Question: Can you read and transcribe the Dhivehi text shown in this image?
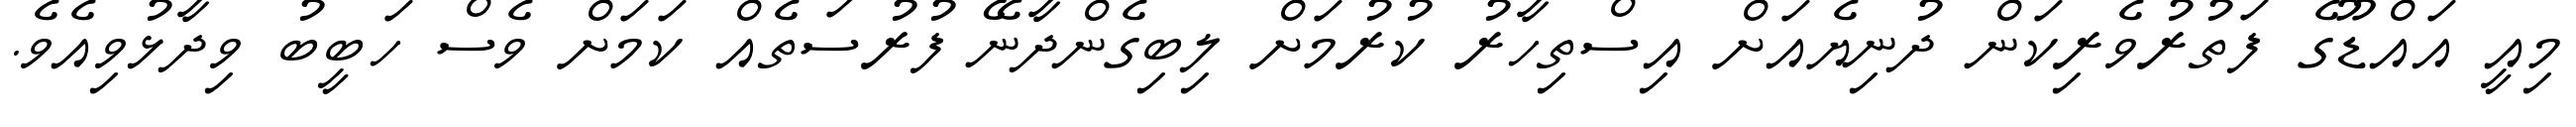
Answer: މިއީ އައްޑޫގެ ފަތުރުވެރިކަން ދުނިޔެއަށް އިސްތިހާރު ކުރުމަށް ލިބިގެންދާނޭ ފުރުސަތެއް ކަމަށް ވެސް ހަބީބު ވިދާޅުވިއެވެ.